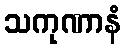
သကုဏာနံ